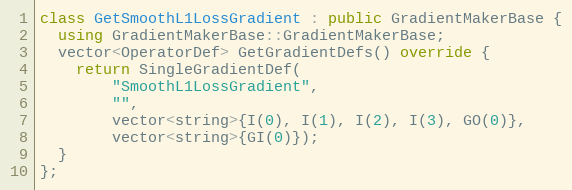
Language: C++
class GetSmoothL1LossGradient : public GradientMakerBase {
  using GradientMakerBase::GradientMakerBase;
  vector<OperatorDef> GetGradientDefs() override {
    return SingleGradientDef(
        "SmoothL1LossGradient",
        "",
        vector<string>{I(0), I(1), I(2), I(3), GO(0)},
        vector<string>{GI(0)});
  }
};